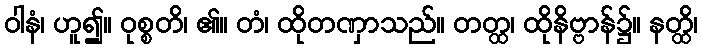
ဝါနံ၊ ဟူ၍။ ဝုစ္စတိ၊ ၏။ တံ၊ ထိုတဏှာသည်။ တတ္ထ၊ ထိုနိဗ္ဗာန်၌။ နတ္ထိ၊